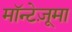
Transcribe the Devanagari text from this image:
मॉन्टेज़ूमा